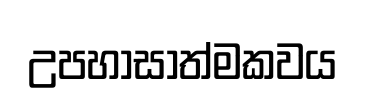
උපහාසාත්මකවය